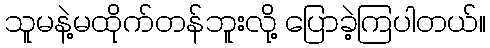
သူမနဲ့မထိုက်တန်ဘူးလို့ ပြောခဲ့ကြပါတယ်။